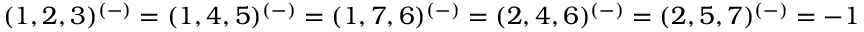
( 1 , 2 , 3 ) ^ { ( - ) } = ( 1 , 4 , 5 ) ^ { ( - ) } = ( 1 , 7 , 6 ) ^ { ( - ) } = ( 2 , 4 , 6 ) ^ { ( - ) } = ( 2 , 5 , 7 ) ^ { ( - ) } = - 1